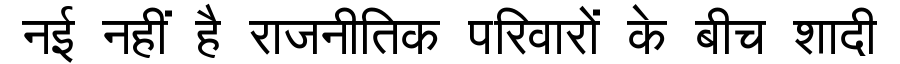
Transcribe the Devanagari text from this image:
नई नहीं है राजनीतिक परिवारों के बीच शादी